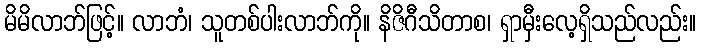
မိမိလာဘ်ဖြင့်။ လာဘံ၊ သူတစ်ပါးလာဘ်ကို။ နိဇိဂီသိတာစ၊ ရှာမှီးလေ့ရှိသည်လည်း။